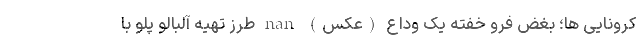
کرونایی ها؛ بغض فرو خفته یک وداع (عکس) nan طرز تهیه آلبالو پلو با